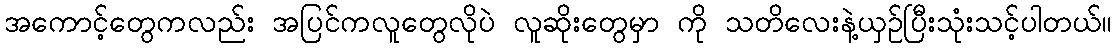
အကောင့်တွေကလည်း အပြင်ကလူတွေလိုပဲ လူဆိုးတွေမှာ ကို သတိလေးနဲ့ယှဉ်ပြီးသုံးသင့်ပါတယ်။